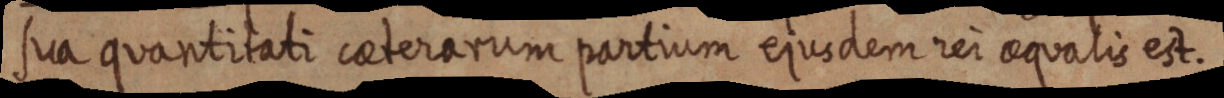
sua quantitati ceaterarum partium ejusdem rei aequalis est.